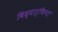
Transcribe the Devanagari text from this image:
विद्यार्थिना